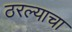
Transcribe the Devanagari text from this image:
ठरल्याचा